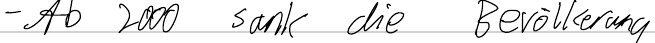
- Ab 2000 sank die Bevölkerung